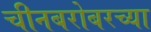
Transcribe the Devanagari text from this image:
चीनबरोबरच्या